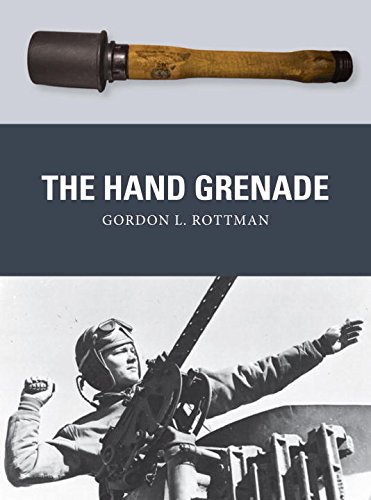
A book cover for The Hand Grenade (Weapon); Gordon L. Rottman; Crafts, Hobbies & Home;